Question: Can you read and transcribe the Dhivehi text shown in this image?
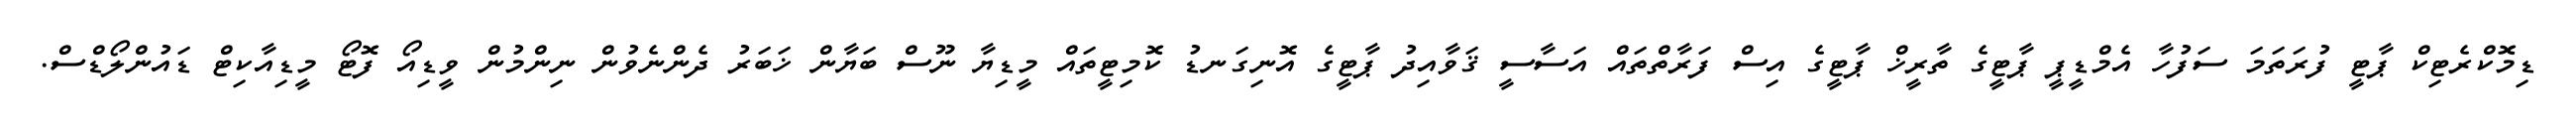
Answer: ޑިމޮކްރެޓިކް ޕާޓީ ފުރަތަމަ ސަފުހާ އެމްޑީޕީ ޕާޓީގެ ތާރީޚް ޕާޓީގެ އިސް ފަރާތްތައް އަސާސީ ޤަވާއިދު ޕާޓީގެ އޮނިގަނޑު ކޮމިޓީތައް މީޑިޔާ ނޫސް ބަޔާން ޚަބަރު ދެންނެވުން ނިންމުން ވީޑިއޯ ފޮޓޯ މީޑިއާކިޓް ޑައުންލޯޑްސް.